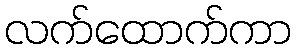
လက်ထောက်ကာ